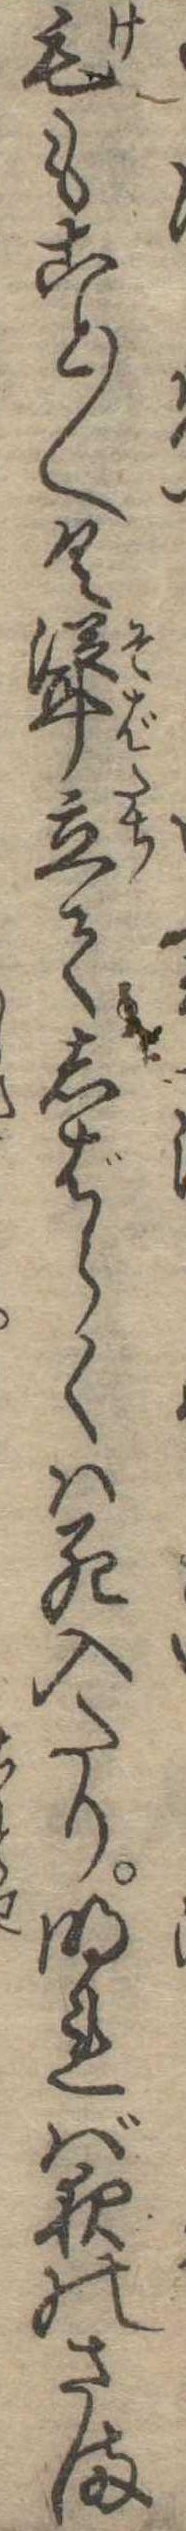
毛もこと〱く聳立てしばらくは死入たり明れば夜のさま